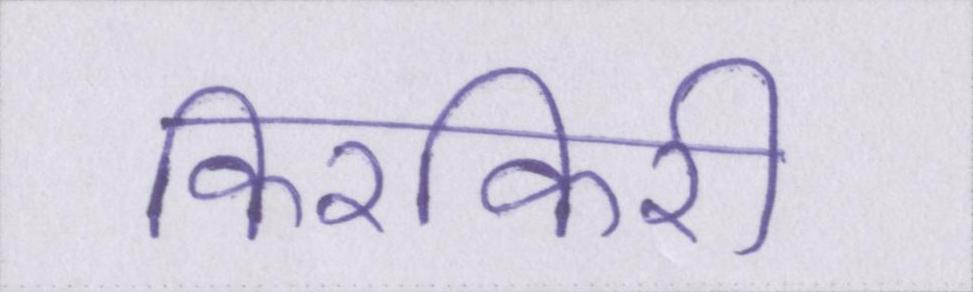
किरकिरी